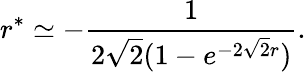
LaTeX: r^{*}\simeq-{\frac{1}{2\sqrt 2(1-e^{-2\sqrt 2r})}}.